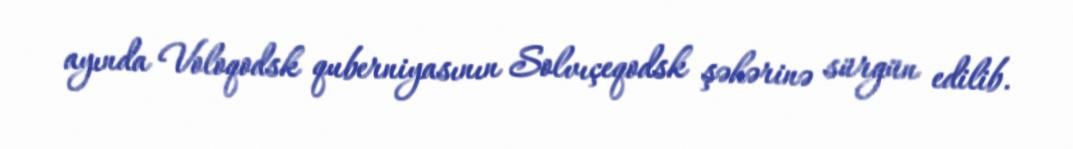
ayında Voloqodsk quberniyasının Solvıçeqodsk şəhərinə sürgün edilib.